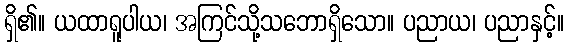
ရှိ၏။ ယထာရူပါယ၊ အကြင်သို့သဘောရှိသော။ ပညာယ၊ ပညာနှင့်။